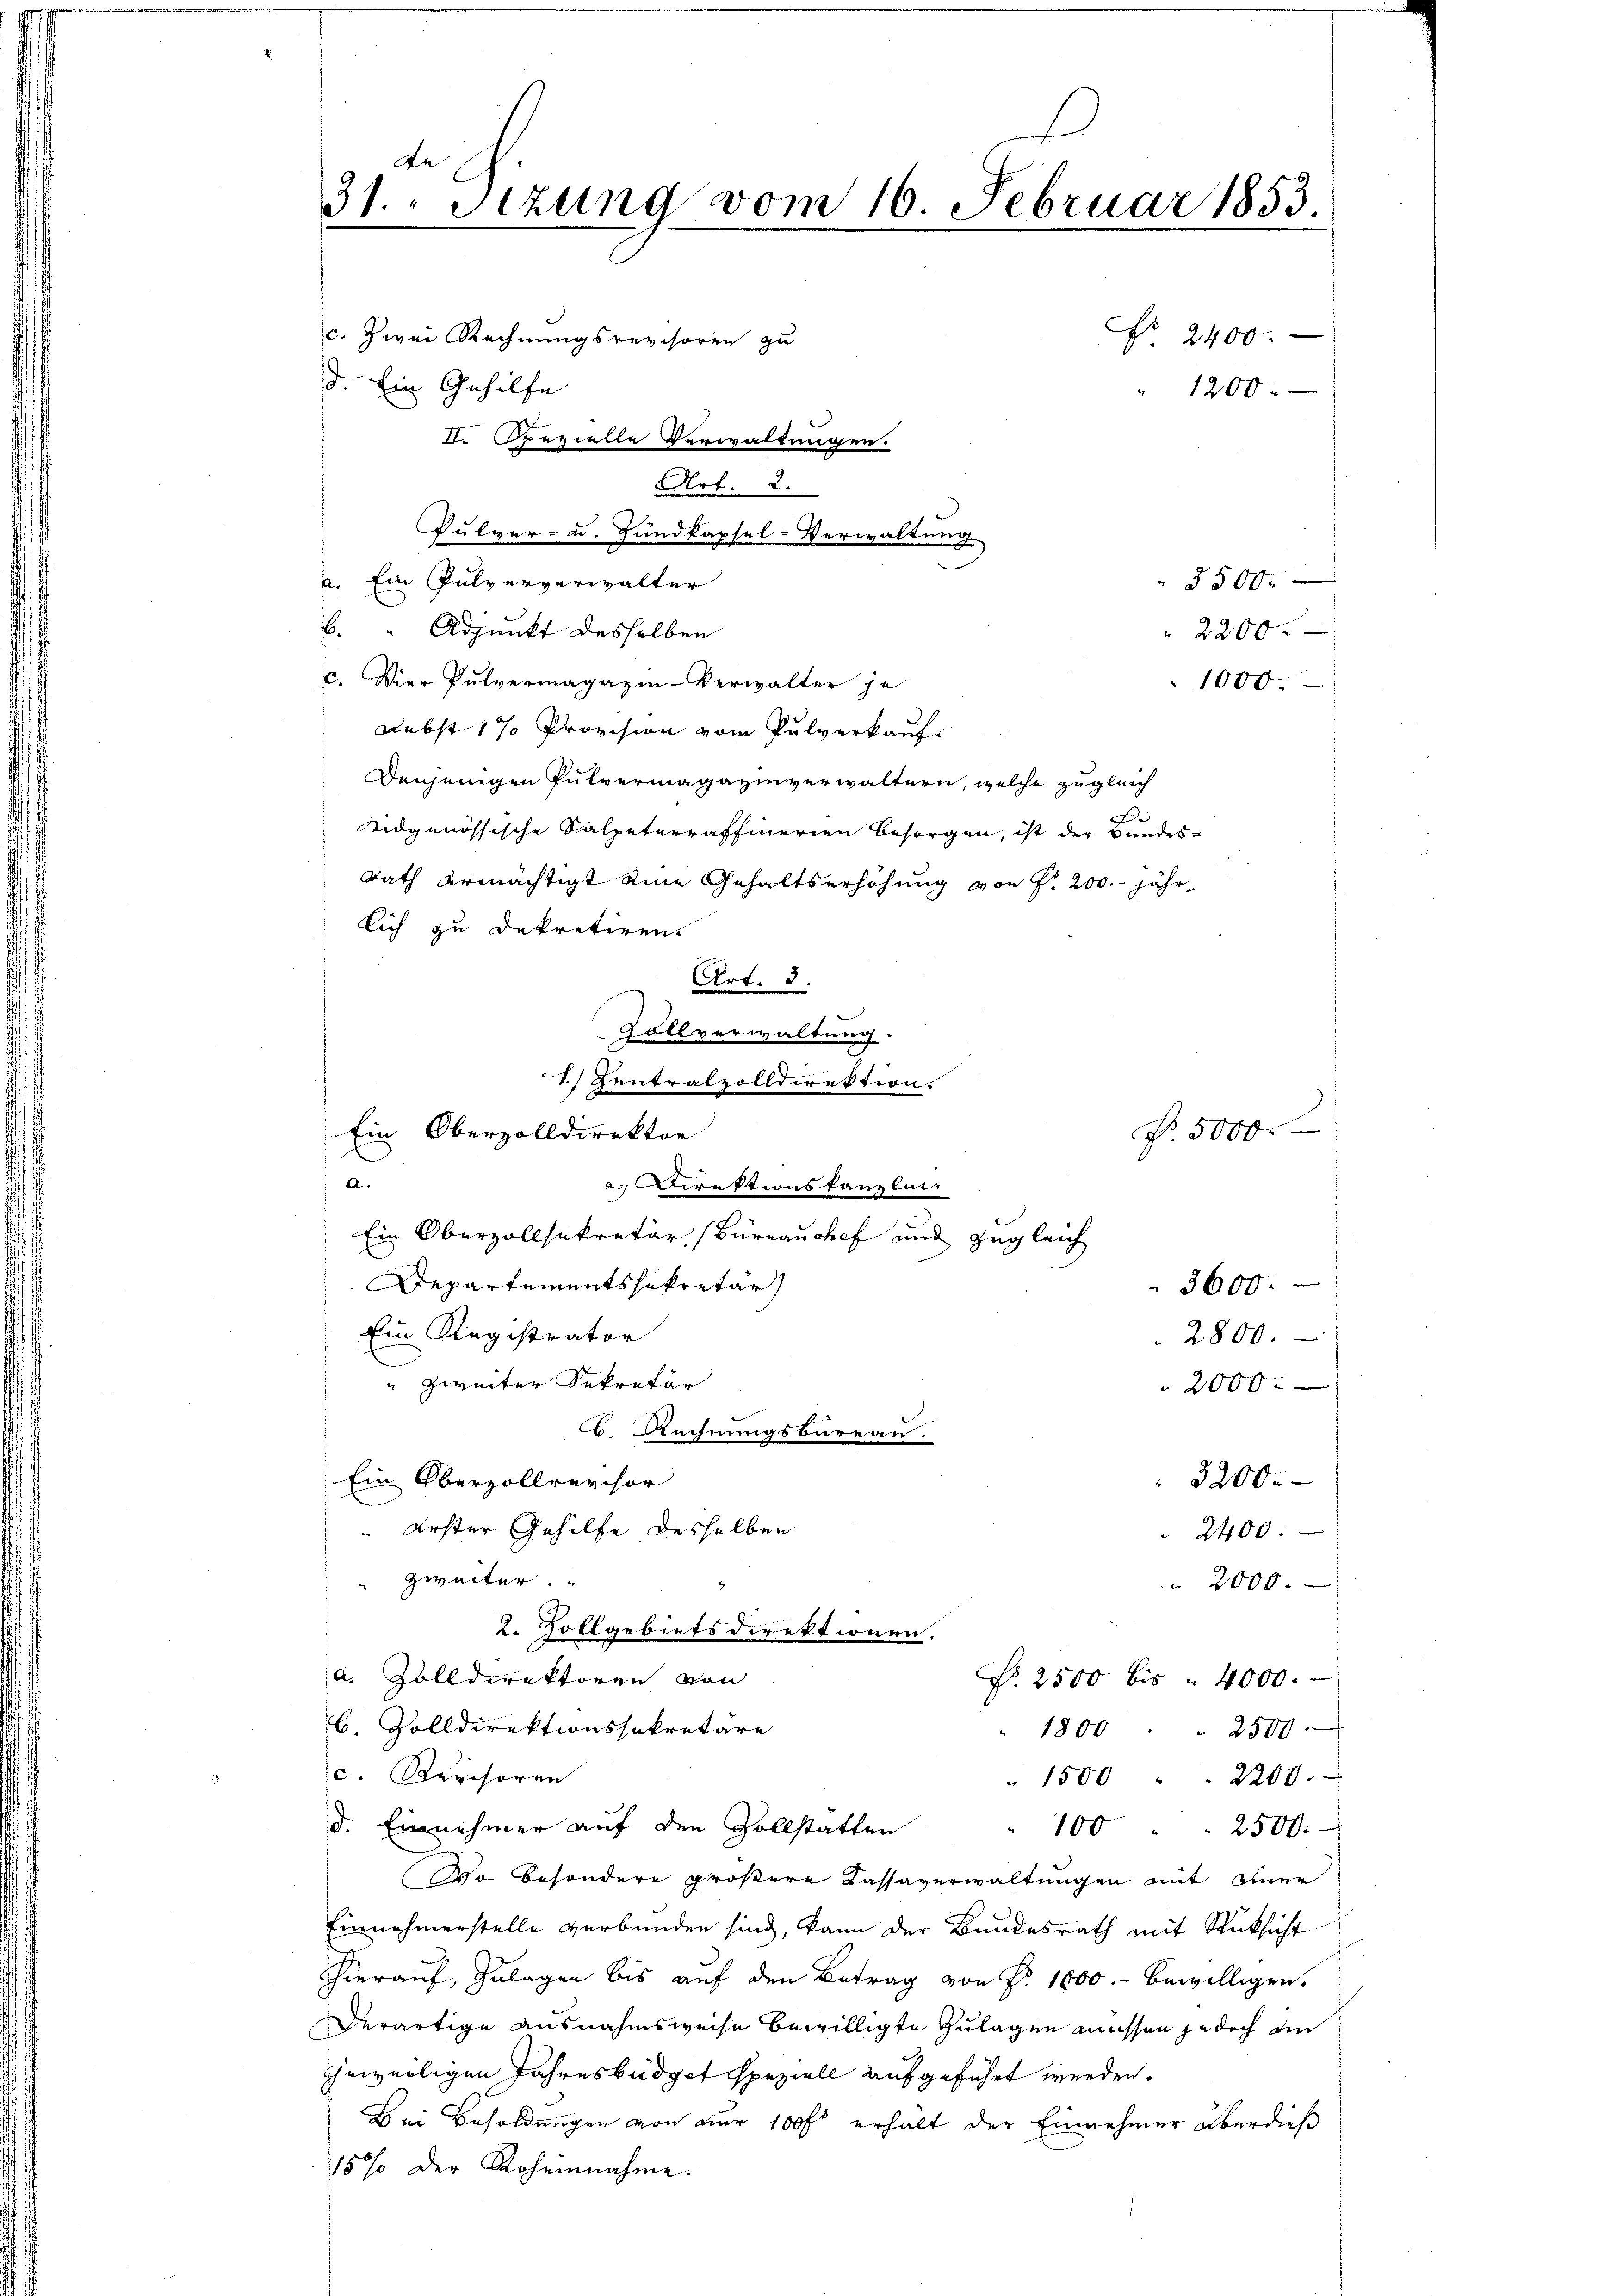
de
31. Sizung vom 16. Februar 1853
f
2

c. zwei Rechnungsrevisoren zu
d. Ein Gehilfe
I. Opezielle Verwaltungen.
Art. 2.
Pulver- u. Landkapsel-Verwaltung
a. Ein Pulververwalter
5500.
B. " Adjunkt desselben
2200.
c. Wier Pulvermagazin-Verwalter je
1000.
Nebst 1 % Provision vom Pulverkauf
Denjenigen Pulvermagazinverwaltern, welche zugleich
F
eidgenössische Salpeterraffierien besorgen, ist der Bundes-
Rath ermächtigt eine Gehaltserhöhung von f. 200. jährlich zu dekretiren.
Art. 3.
Zollverwaltung
1.) Zentralzolldirektion.
a.
a. Direktionstanzlin
Ein Oberzollsekretär (Büreau chef und zugleich
Departementssekretär
Ein Registrator
" zweiter Sekretär
2000.
b. Rechnungsbureau.
Ein Oberzollrerchor
3200.
" erster Gehilfe desselben
2400.
zweiter.
2000.
2. Zollgebietsdirektionen.
a. Zolldirektoren von
Nr. 2500 bis 4000.
b. Zolldirektionssekretäre
1800    2500
c. Revisoren
" 1500 " " 2200.
d. Einnehmer auf den Vollstatten
" 100. 2500.
Wo besondere größere Kassaverwaltungen mit einer
Einnehmerstelle verbunden sind, kann der Bundesrath mit Rücksicht
hierauf, Zulagen bis auf den Betrag von Fr. 1800.- bewilligen,
Derartige Ausnahmsweise bewilligte Zulagen müssen jedoch ein
Eheweiligen Jahresbüdget speziell aufgeführt werden.
Bei Besoldungen von nur 100 fl erhält der Einnehmer überdieß
15% der Roheinnahme.

Ein Oberzolldirektor

No 2400.
1200.

3600.
2800.

Nr. 5000.